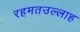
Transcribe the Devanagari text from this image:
रहमतउल्लाह